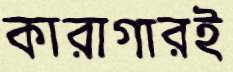
কারাগারই